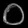
Digit: ၀